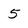
Character: 5